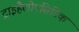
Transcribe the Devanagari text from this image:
ट्राइहैलोएसिटिक